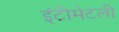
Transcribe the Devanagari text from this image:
इंटीमेटली